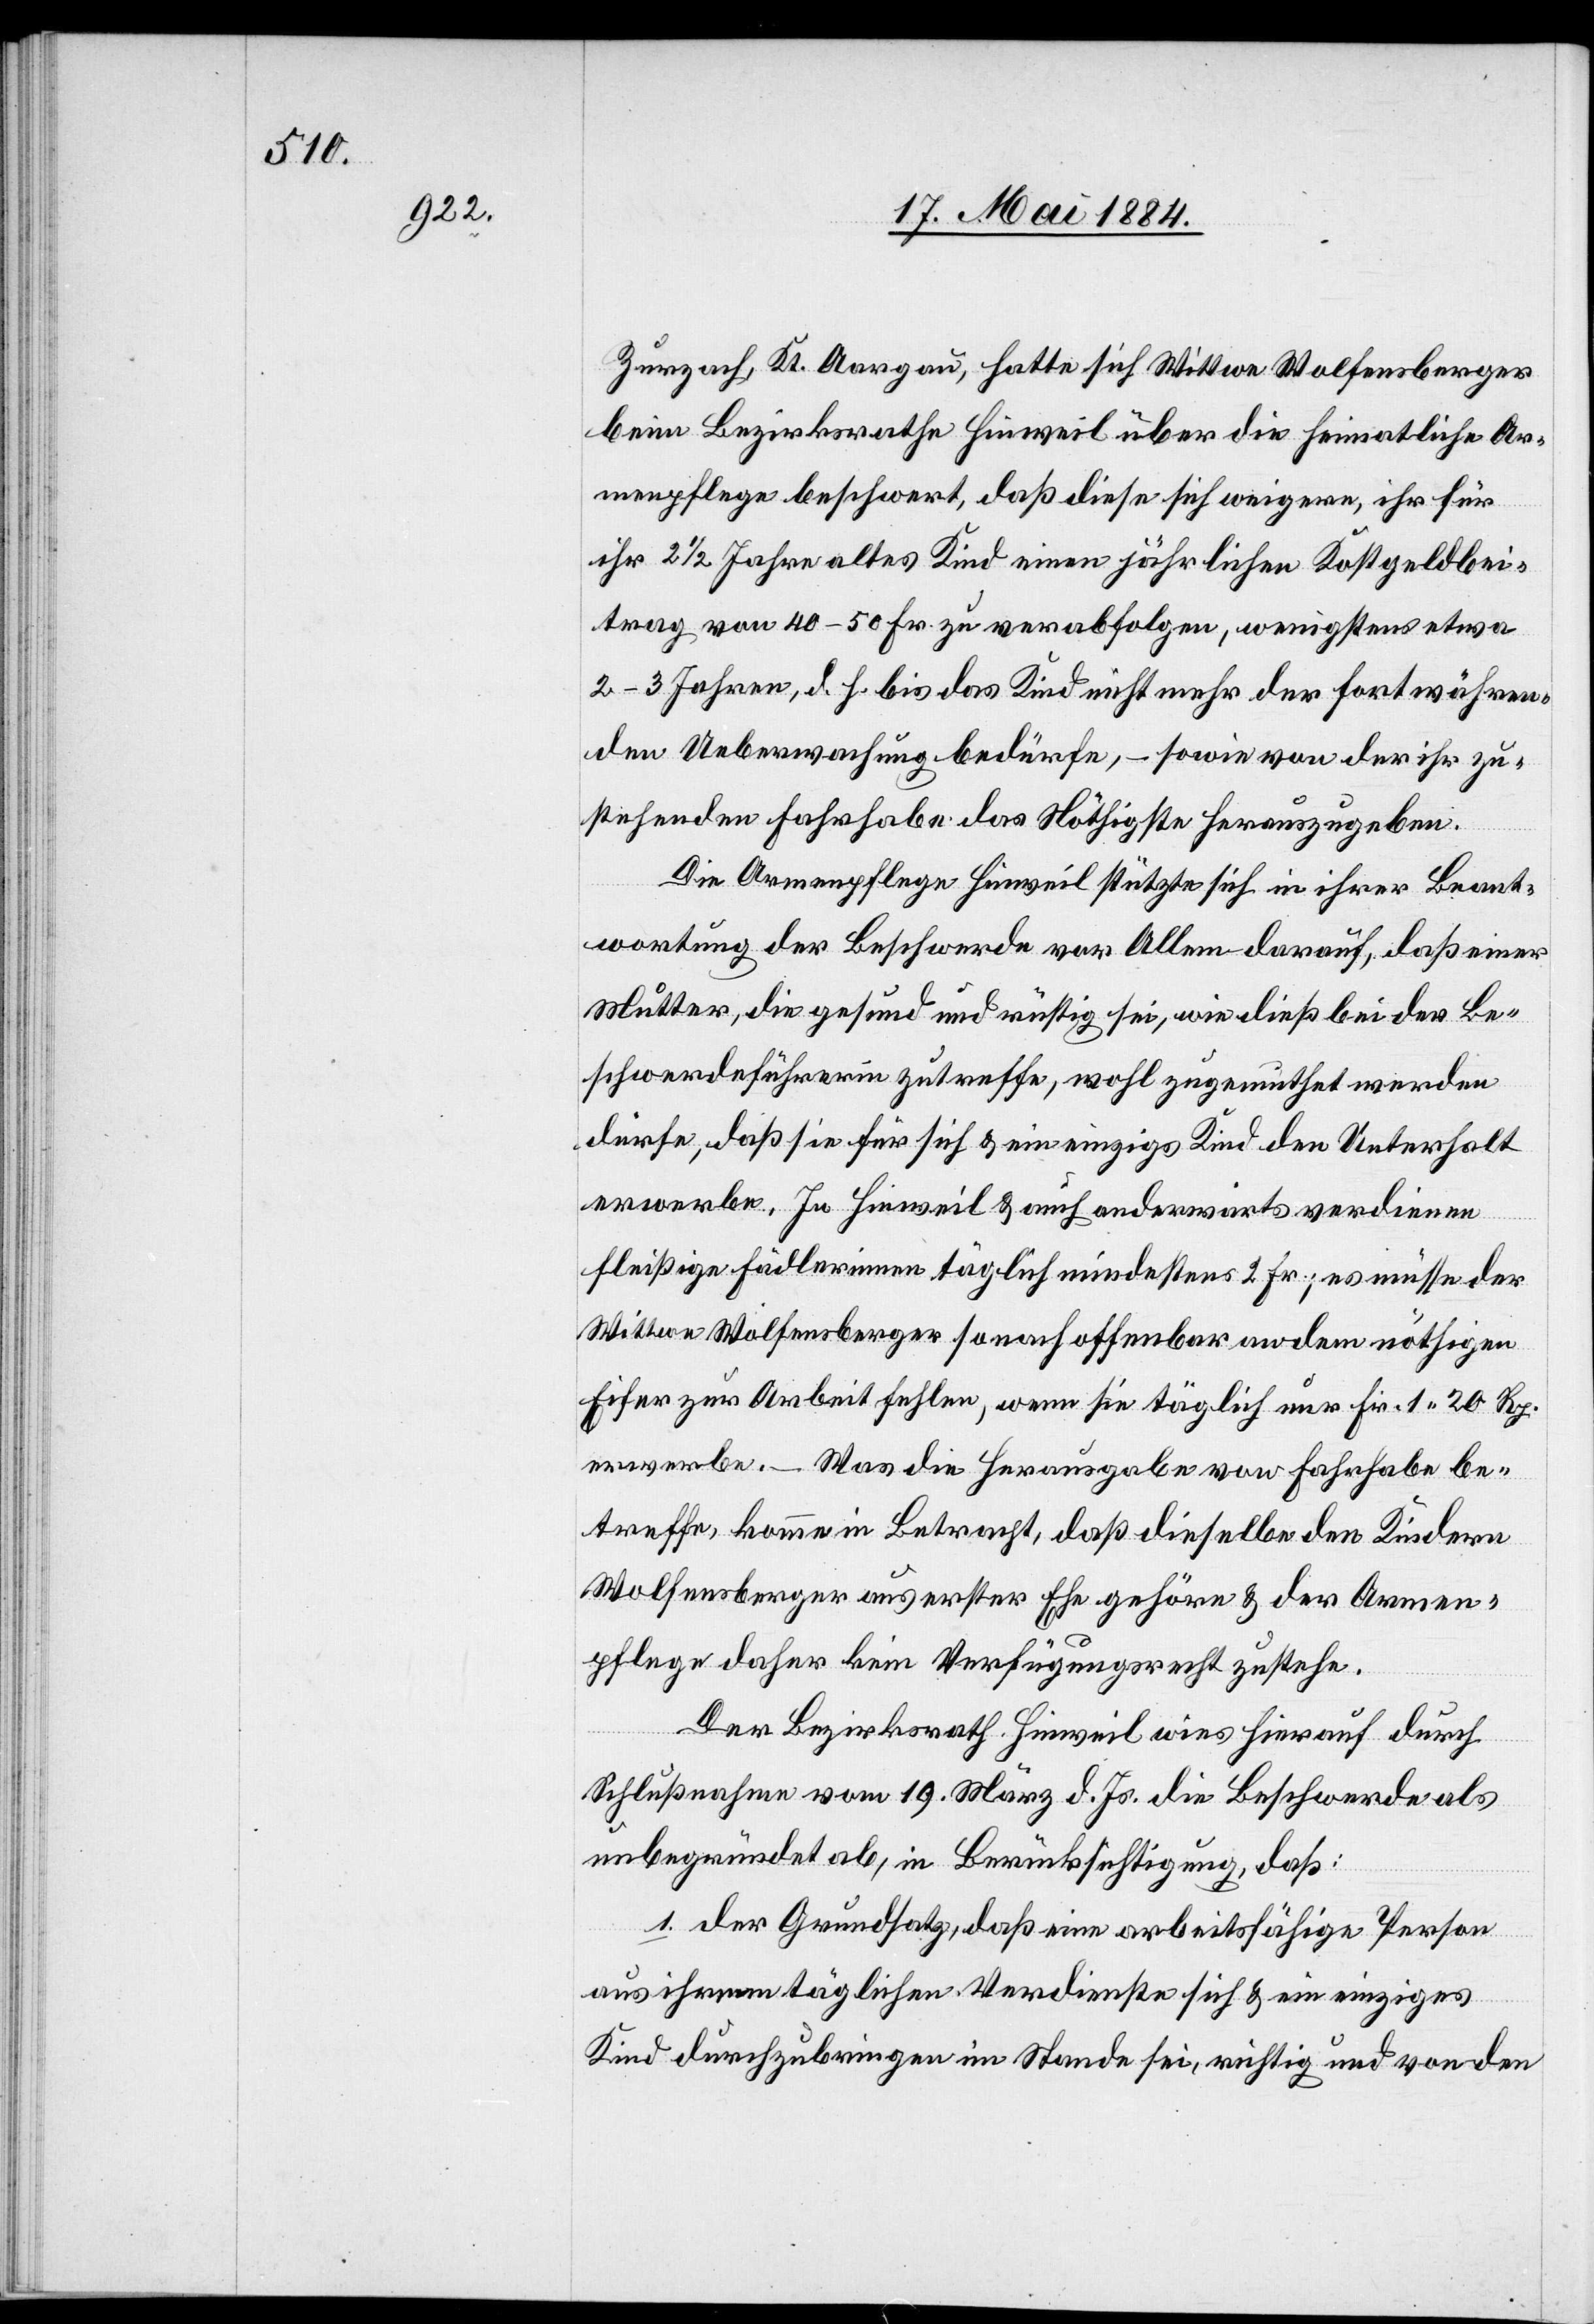
Zurzach, Kt. Aargau, hatte sich Wittwe Wolfensberger
beim Bezirksrathe Hinweil über die heimatliche Ar¬
menpflege beschwert, daß diese sich weigere ihr für
Kind
ihr 2 1/2 Jahre altes Kind einen jährlichen Kostgeldbei¬
trag von 40–50 Fr. zu verabfolgen, wenigstens etwa
den Ueberwachung bedürfe, – sowie von der ihr zu¬
stehenden Fahrhabe das Nöthigste herauszugeben.
Die Armenpflege Hinweil stützte sich in ihrer Beant¬
wortung der Beschwerde vor Allem darauf, daß einer
Mutter, die gesund und rüstig sei, wie dieß bei der Be¬
schwerdeführerin zutreffe, wohl zugemuthet werden
dürfe, daß sie für sich & ein einziges Kind den Unterhalt
erwerbe. In Hinweil & auch andererorts verdienen
fleißige Fädlerinnen täglich mindestens 2 Fr.; es müsse der
Wittwe Wolfensberger sonach offenbar an dem nöthigen
Eifer zu Arbeit fehlen, wenn sie täglich nur Fr. 1 20 Rp.
erwerbe. – Was die Herausgabe von Fahrhabe be¬
treffe, komme in Betracht, daß dieselbe den Kindern
Wolfensberger aus erster Ehe gehöre & der Armen¬
pflege daher kein Verfügungsrecht zustehe.
fortwähren¬
Der Bezirksrath Hinweil wies hierauf durch
Schlußnahme vom 19. März d. Js. die Beschwerde als
unbegründet ab, in Berücksichtigung, daß:
1. der Grundsatz, daß eine arbeitsfähige Person
h.
aus ihrem täglichen Verdienste sich & ein einziges
Kind durchzubringen im Stande sei, richtig und von den

der